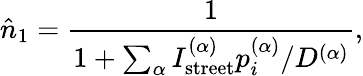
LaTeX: \hat{n}_{1}=\frac{1}{1+\sum_{\alpha}I_{\mathrm{street}}^{(\alpha)}p_{i}^{(\alpha)}/D^{(\alpha)}},